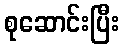
စုဆောင်းပြီး